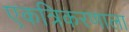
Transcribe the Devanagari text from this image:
एकत्रिकरणाला